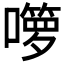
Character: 𱕌